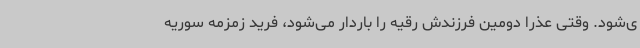
ی‌شود. وقتی عذرا دومین فرزندش رقیه را باردار می‌شود، فرید زمزمه سوریه